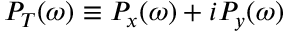
P _ { T } ( \omega ) \equiv P _ { x } ( \omega ) + i P _ { y } ( \omega )